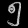
Digit: ၅